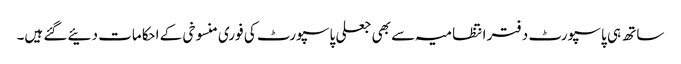
ساتھ ہی پاسپورٹ دفتر انتظامیہ سے بھی جعلی پاسپورٹ کی فوری منسوخی کے احکامات دئیے گئے ہیں۔